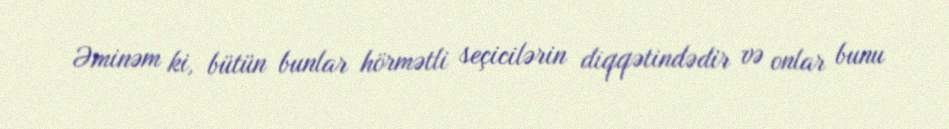
Əminəm ki, bütün bunlar hörmətli seçicilərin diqqətindədir və onlar bunu